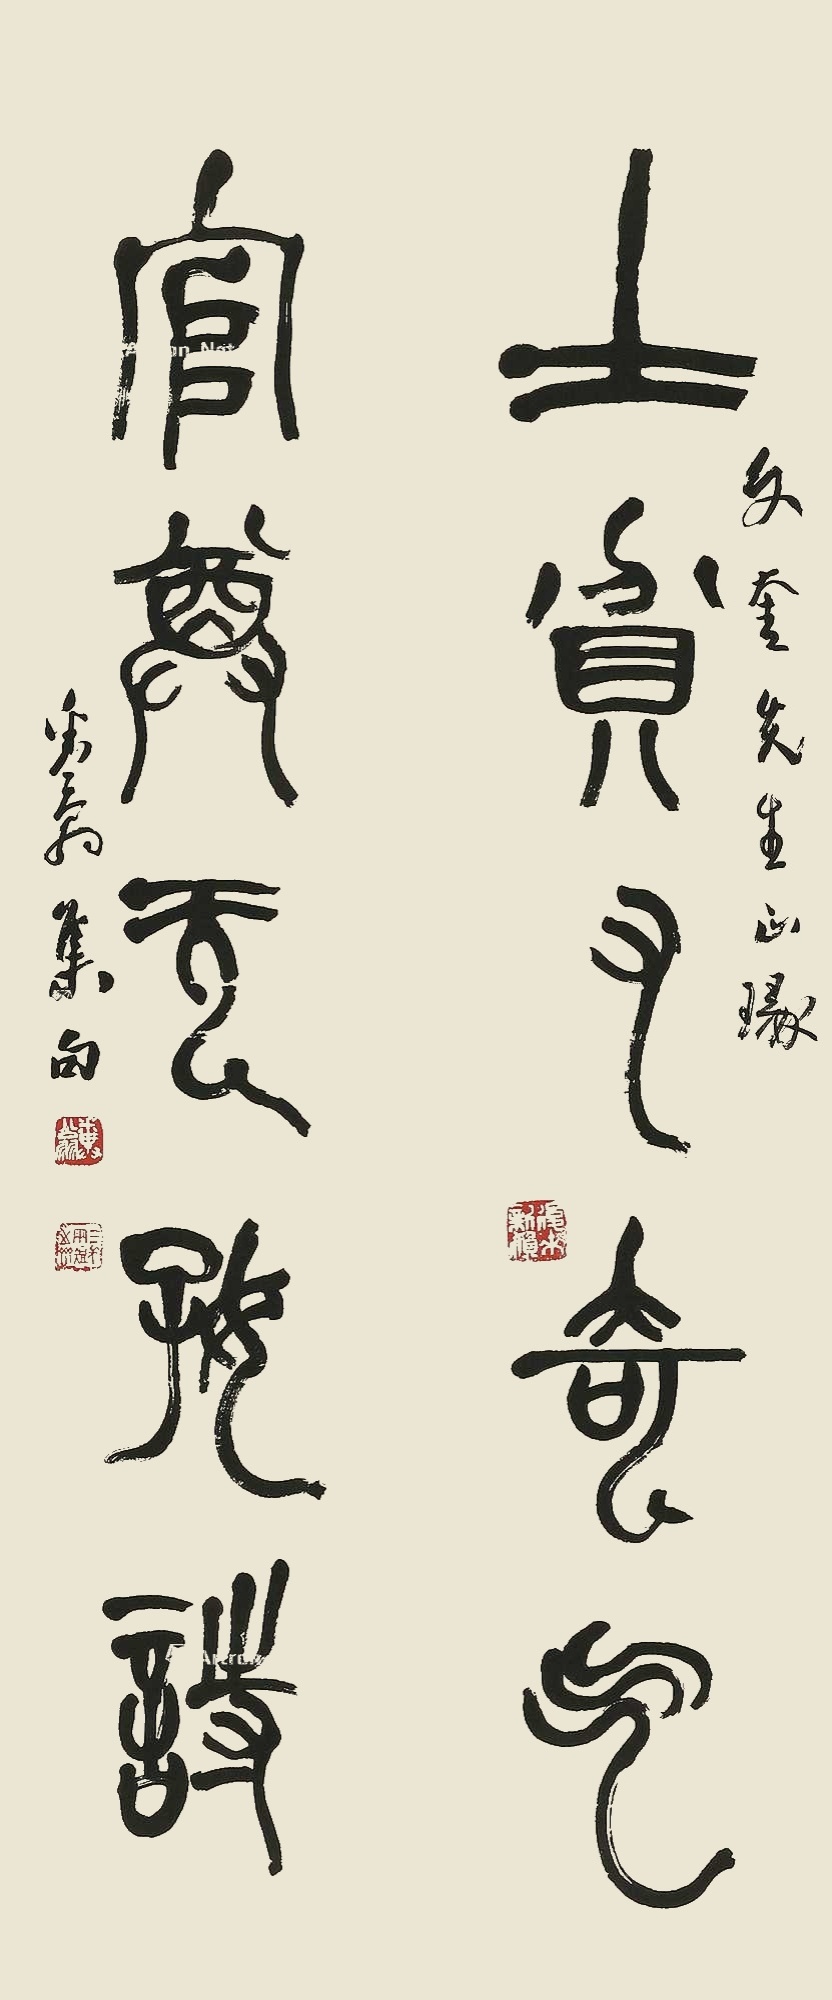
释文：士贫有奇气，官尊无好诗。文奎先生正篆，粪翁集句。